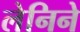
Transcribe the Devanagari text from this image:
लेनिने